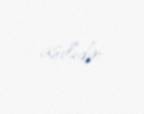
asılıdır.